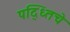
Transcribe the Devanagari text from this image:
पद्ध्तिचे